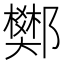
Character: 𨟅